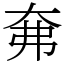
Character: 㚕